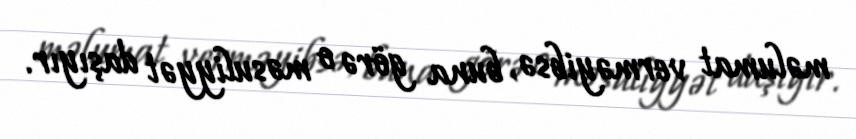
məlumat verməyibsə, buna görə o məsuliyyət daşıyır.